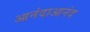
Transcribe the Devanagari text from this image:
आनंदाआनंद